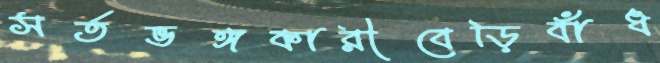
সর্তভঙ্গকারীবেড়িবাঁধ